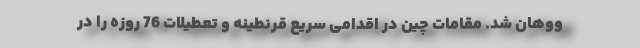
ووهان شد. مقامات چین در اقدامی سریع قرنطینه و تعطیلات 76 روزه را در